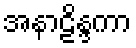
အနာဠိန္ဒကာ